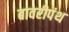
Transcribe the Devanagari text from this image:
बावरीपंथ